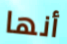
أنها